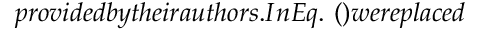
p r o v i d e d b y t h e i r a u t h o r s . I n E q . ~ ( ) w e r e p l a c e d